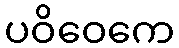
ပဝိဝေကေ